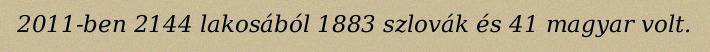
2011-ben 2144 lakosából 1883 szlovák és 41 magyar volt.